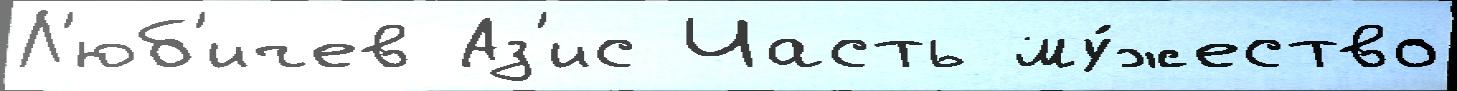
Л'юб'ичев Аз'ис Часть му́жество